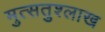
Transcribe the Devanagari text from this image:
मुत्सतुश्लाख